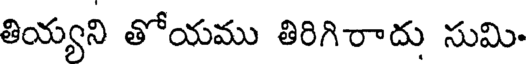
తియ్యని తోయము తిరిగిరాదు సుమి.